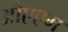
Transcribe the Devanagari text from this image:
ओएएम